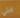
التي